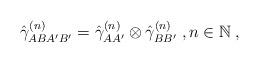
LaTeX: \begin{align*}\hat{\gamma}_{ABA'B'}^{(n)}=\hat{\gamma}_{AA'}^{(n)}\otimes \hat{\gamma}_{BB'}^{(n)}\;,n\in\mathbb{N}\;,\end{align*}